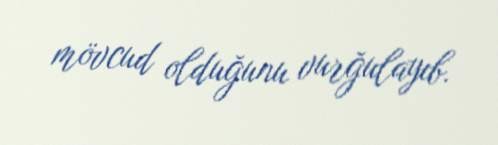
mövcud olduğunu vurğulayıb.